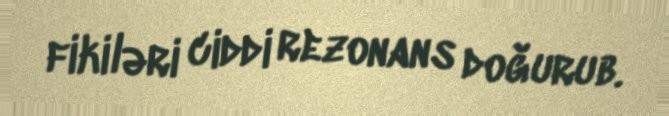
fikiləri ciddi rezonans doğurub.